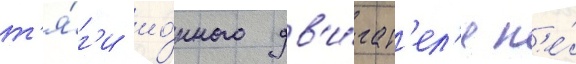
т'я́г'и ио́нного дв'и́гат'ел'я н'е́